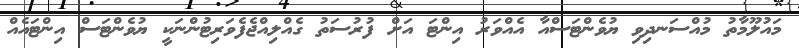
މައުލޫމާތު މުއްސަނދިވި ޔުވެންޓަސްއާ އެއްވަރު އިންޓަ އަށް ފުރުސަތު ގެއްލިއްޖެފެވަރިޓުންނަކީ ޔުވެންޓަސް އިންޓައެއް